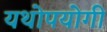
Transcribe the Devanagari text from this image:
यथोपयोगी